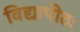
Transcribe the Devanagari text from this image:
विद्यापीठः